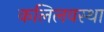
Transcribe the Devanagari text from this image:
कलिलवस्था